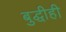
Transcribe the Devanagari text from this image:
बुद्धीही